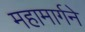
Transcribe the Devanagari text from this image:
महामार्गने